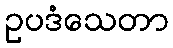
ဥပဒံသေတာ